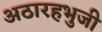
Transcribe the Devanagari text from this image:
अठारहभुजी